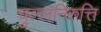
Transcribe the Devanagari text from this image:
चुल्लनिरुत्ति